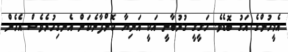
އެމީހުންގެ އަގު ބޮޑެވެ. ހަގީގީ ގުރުބާނީ އަކީ އަނިޔާ ކޮށްފާނެކަން އެނގިހުރެވެސް އެހެން